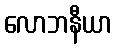
လောဘနီယာ